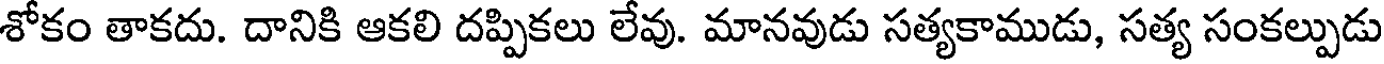
శోకం తాకదు. దానికి ఆకలి దప్పికలు లేవు. మానవుడు సత్యకాముడు, సత్య సంకల్పుడు